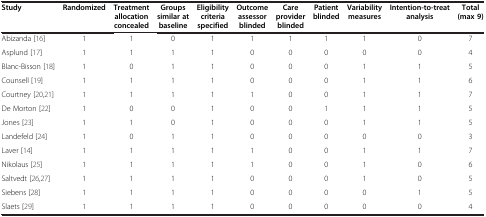
<table><thead><tr><td><b>Study</b></td><td><b>Randomized</b></td><td><b>Treatment allocation concealed</b></td><td><b>Groups similar at baseline</b></td><td><b>Eligibility criteria specified</b></td><td><b>Outcome assessor blinded</b></td><td><b>Care provider blinded</b></td><td><b>Patient blinded</b></td><td><b>Variability measures</b></td><td><b>Intention-to-treat analysis</b></td><td><b>Total (max 9)</b></td></tr></thead><tbody><tr><td>Abizanda [16]</td><td>1</td><td>1</td><td>0</td><td>1</td><td>1</td><td>1</td><td>1</td><td>1</td><td>0</td><td>7</td></tr><tr><td>Asplund [17]</td><td>1</td><td>1</td><td>1</td><td>1</td><td>0</td><td>0</td><td>0</td><td>0</td><td>0</td><td>4</td></tr><tr><td>Blanc-Bisson [18]</td><td>1</td><td>0</td><td>1</td><td>1</td><td>0</td><td>0</td><td>0</td><td>1</td><td>1</td><td>5</td></tr><tr><td>Counsell [19]</td><td>1</td><td>1</td><td>1</td><td>1</td><td>0</td><td>0</td><td>0</td><td>1</td><td>1</td><td>6</td></tr><tr><td>Courtney [20,21]</td><td>1</td><td>1</td><td>1</td><td>1</td><td>1</td><td>0</td><td>0</td><td>1</td><td>1</td><td>7</td></tr><tr><td>De Morton [22]</td><td>1</td><td>0</td><td>0</td><td>1</td><td>0</td><td>0</td><td>1</td><td>1</td><td>1</td><td>5</td></tr><tr><td>Jones [23]</td><td>1</td><td>1</td><td>0</td><td>1</td><td>0</td><td>0</td><td>0</td><td>1</td><td>1</td><td>5</td></tr><tr><td>Landefeld [24]</td><td>1</td><td>0</td><td>1</td><td>1</td><td>0</td><td>0</td><td>0</td><td>0</td><td>0</td><td>3</td></tr><tr><td>Laver [14]</td><td>1</td><td>1</td><td>1</td><td>1</td><td>1</td><td>0</td><td>0</td><td>1</td><td>1</td><td>7</td></tr><tr><td>Nikolaus [25]</td><td>1</td><td>1</td><td>1</td><td>1</td><td>1</td><td>0</td><td>0</td><td>1</td><td>0</td><td>6</td></tr><tr><td>Saltvedt [26,27]</td><td>1</td><td>1</td><td>1</td><td>1</td><td>0</td><td>0</td><td>0</td><td>1</td><td>0</td><td>5</td></tr><tr><td>Siebens [28]</td><td>1</td><td>1</td><td>1</td><td>1</td><td>0</td><td>0</td><td>0</td><td>0</td><td>1</td><td>5</td></tr><tr><td>Slaets [29]</td><td>1</td><td>1</td><td>1</td><td>1</td><td>0</td><td>0</td><td>0</td><td>0</td><td>0</td><td>4</td></tr></tbody></table>